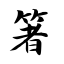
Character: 箸